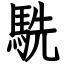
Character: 駪